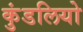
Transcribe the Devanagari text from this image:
कुंडलियो